Medical and sanitary report of the native army of Bengal for the year
Year: 1875
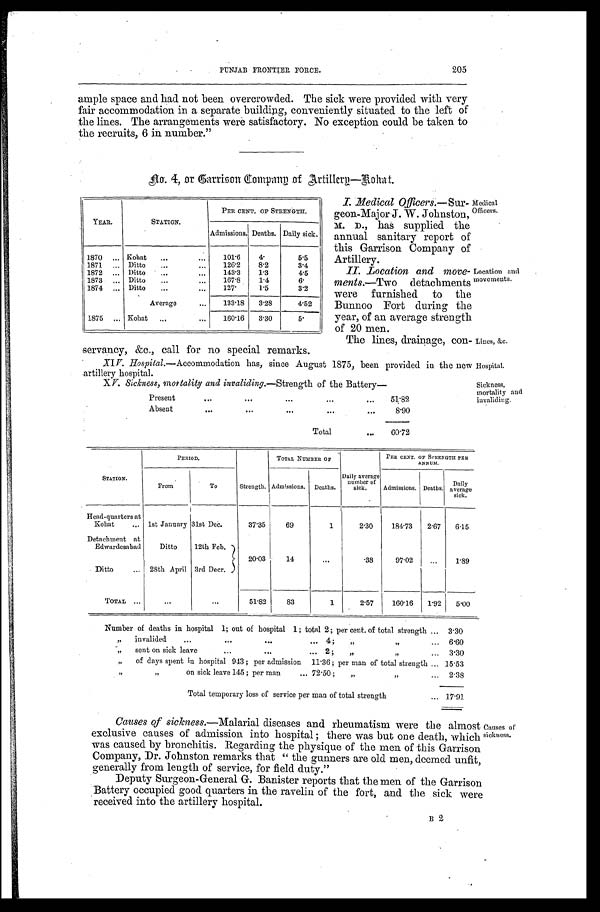
Lines, &C.
Hospital.
PUNJAB FRONTIER FORCE.
205
ample space and had not been overcrowded. The sick were provided with very
fair accommodation in a separate building, conveniently situated to the left of
the lines. The arrangements were satisfactory. No exception could be taken to
the recruits, 6 in number."
No. 4, or Garrison Company of Artillery—Rohat.
YEAR.
STATION.
PER CENT. OF STRENGTH.
Admissions. Deaths. Daily sick.
1870
Kohat
101.6
4.
5.5
1871
Ditto
126.2
8.2
3.4
1872
Ditto
143.3
1.3
4.5
1873
Ditto
167.8
1.4
6.
1 8 7 4
Ditto
127.
1.5
3.2
Average
133.18
3.28
4.52
1875
Kohat
160.16
3.30
5.
I. Medical Officers. —Sur-
geon-Major J . W. Johnston,
M. D., has supplied the
annual sanitary report of
this Garrison Company of
Artillery.
II. Location and move-
ments.—Two detachments
were furnished to the
Bunnoo Fort during the
year, of an average strength
of 20 men.
Location and
movements.
Medical
Officers.
The lines, drainage, con-
servancy, &c., call for no special remarks.
XIV.Hospital.—Accommodation has, since August 1875, been provided in the new
artillery hospital.
XV. Sickness, mortality and invaliding. —Strength of the Battery—
Present
51.82
Absent
8.90
Total
60.72
Sickness,
mortality and
STATION.
PERIOD.
Strength.
TOTAL NUMBER OF
Daily average
number of
sick,
PER CENT. OF STRENGTH PER
ANNUM.
From
To
Admissions. Deaths.
Admissions. Deaths.
Daily
average
sick.
Head-quarters at
Kohat
1st January 31st Dec.
37.35
69
1
2.30
184.73
2.67
6.15
Detachment at
Edwardesabad
Ditto
12th Feb.
20.03
1 4
. . .
.38
9 7 . 0 2
...
1.89
Ditto
28th April 3rd Decr.
TOTAL
. . .
. . . 51.82
83
1
2.57
160.16
1.92
5.00
Number of deaths in hospital 1; out of hospital 1; total 2; per cent. of total strength
3.30
" invalided 4; " "
6.60
" sent on sick leave 2 ; " "
3.30
" of days spent in hospital 943 ; per admission 11 .36; per man of total strength
15.53
" on sick leave 145 ; per man 72 .50 ;" "
2.38
Total temporary loss of service per man of total strength
17.91
Causes of sickness. —Malarial diseases and rheumatism were the almost
exclusive causes of admission into hospital; there was but one death, which
was caused by bronchitis. Regarding the physique of the men of this Garrison
Company, Dr. Johnston remarks that "the gunners are old men, deemed unfit,
generally from length of service, for field duty."
Deputy Surgeon-General G. Banister reports that the men of the Garrison
Battery occupied good quarters in the ravelin of the fort, and the sick were
received into the artillery hospital.
Causes of
sickness.
B 2